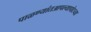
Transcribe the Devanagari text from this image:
पाळण्यांतआपल्यापोटच्या